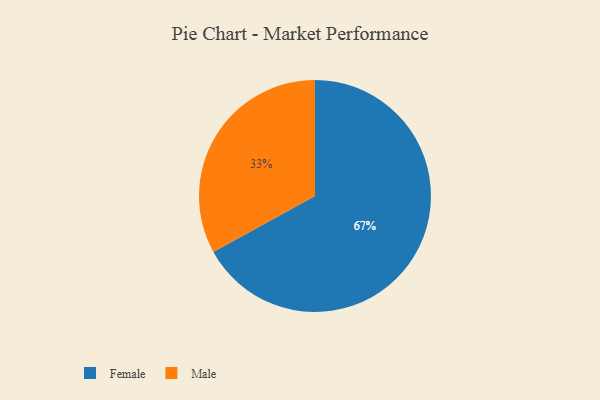
{"axis": {"x": "Category", "y": "Percentage"}, "legend": ["Female", "Male"], "data": [{"x": "Male", "y": 33, "type": "Male"}, {"x": "Female", "y": 67, "type": "Female"}]}